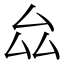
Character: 厽